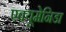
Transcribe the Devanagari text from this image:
एक्यूमेनिडा